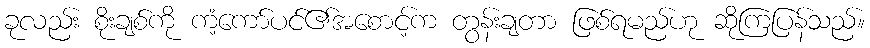
ခုလည်း စိုးချစ်ကို ကံ့ကော်ပင်၏အစောင့်က တွန်းချတာ ဖြစ်ရမည်ဟု ဆိုကြပြန်သည်။